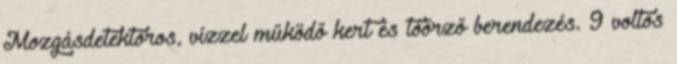
Mozgásdetektoros, vízzel működő kert és tóőrző berendezés. 9 voltos